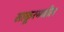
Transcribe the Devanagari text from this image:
साकूरमधील